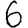
Digit: 6